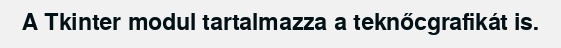
A Tkinter modul tartalmazza a teknőcgrafikát is.